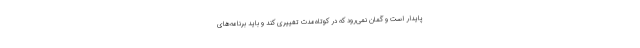
پایدار است و گمان نمی‌رود که در کوتاه‌مدت تغییری کند و باید برنامه‌های